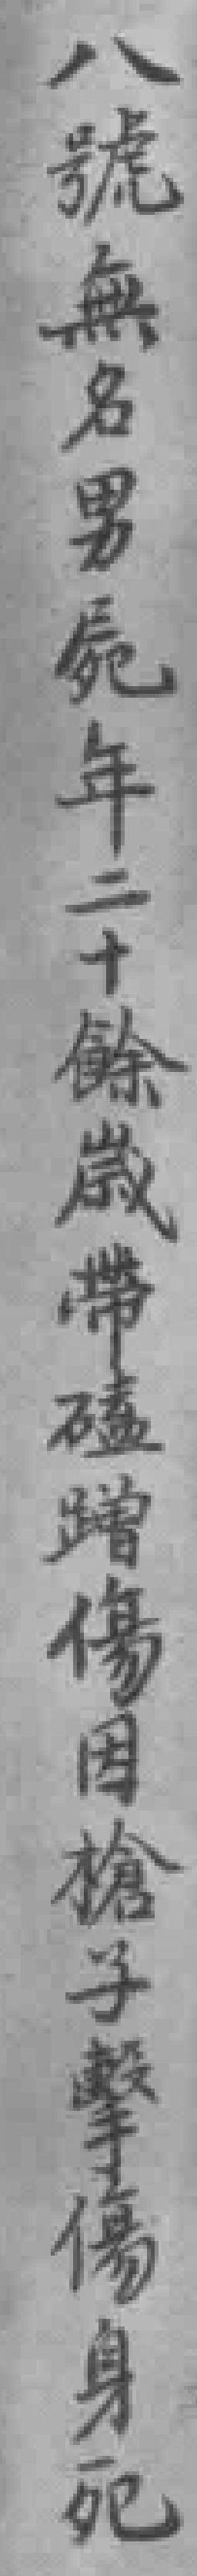
八號無名男屍年二十餘歲帶磕碰傷因槍子擊傷身死